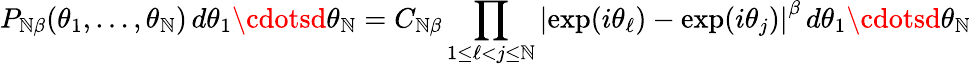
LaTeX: P_{\mathbb{N}\beta}(\theta_{1},\ldots,\theta_{\mathbb{N}})\, d\theta_{1}\cdotsd\theta_{\mathbb{N}}=C_{\mathbb{N}\beta}\prod_{1\leq\ell<j\leq\mathbb{N}}\left\vert\exp(i\theta_{\ell})-\exp(i\theta_{j})\right\vert^{\beta}\, d\theta_{1}\cdotsd\theta_{\mathbb{N}}